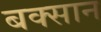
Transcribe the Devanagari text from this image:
बक्सान